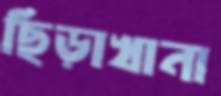
ছিড়াখানা